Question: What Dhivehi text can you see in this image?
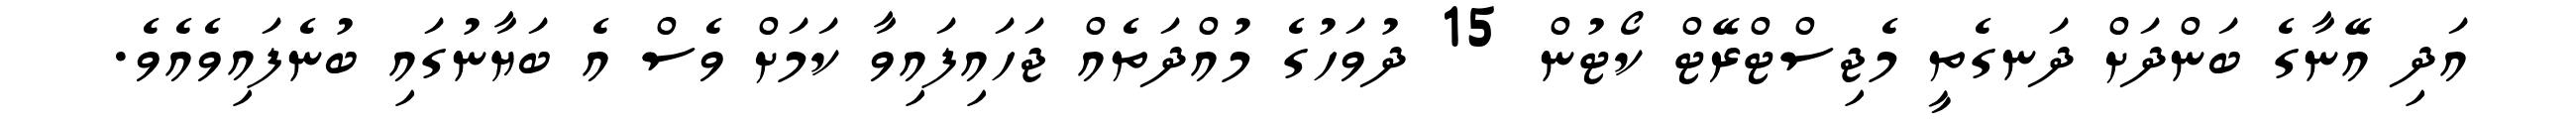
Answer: އަދި އޭނާގެ ބަންދަށް ދަނގެތީ މެޖިސްޓްރޭޓް ކޯޓުން 15 ދުވަހުގެ މުއްދަތެއް ޖަހައިފައިވާ ކަމަށް ވެސް އެ ބަޔާނުގައި ބުނެފައިވެއެވެ.